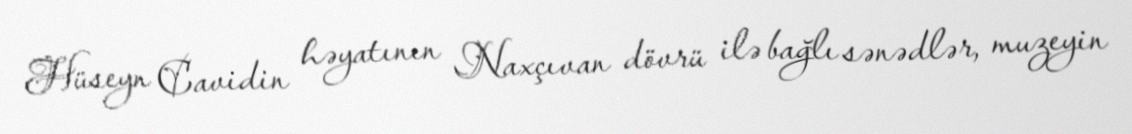
Hüseyn Cavidin həyatının Naxçıvan dövrü ilə bağlı sənədlər, muzeyin